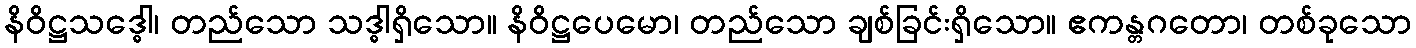
နိဝိဋ္ဌသဒ္ဓေါ၊ တည်သော သဒ္ဓါရှိသော။ နိဝိဋ္ဌပေမော၊ တည်သော ချစ်ခြင်းရှိသော။ ဧကန္တဂတော၊ တစ်ခုသော